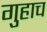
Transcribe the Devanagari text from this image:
गुहाच